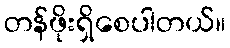
တန်ဖိုးရှိစေပါတယ်။